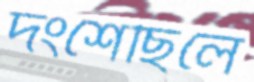
দংশেছিলে